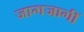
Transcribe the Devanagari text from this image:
जागजागीं